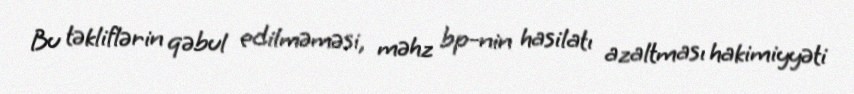
Bu təkliflərin qəbul edilməməsi, məhz bp-nin hasilatı azaltması hakimiyyəti